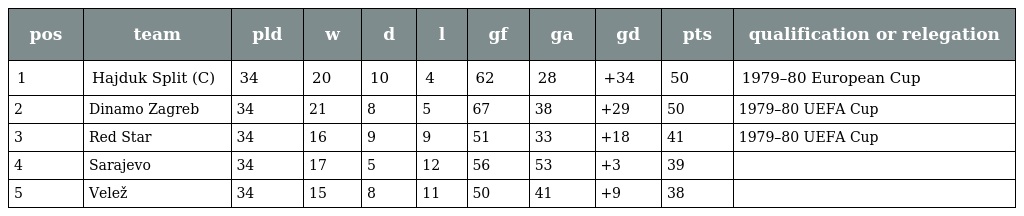
| pos | team | pld | w | d | l | gf | ga | gd | pts | qualification or relegation |
 | --- | --- | --- | --- | --- | --- | --- | --- | --- | --- | --- |
 | 1 | Hajduk Split (C) | 34 | 20 | 10 | 4 | 62 | 28 | +34 | 50 | 1979–80 European Cup |
 | 2 | Dinamo Zagreb | 34 | 21 | 8 | 5 | 67 | 38 | +29 | 50 | 1979–80 UEFA Cup |
 | 3 | Red Star | 34 | 16 | 9 | 9 | 51 | 33 | +18 | 41 | 1979–80 UEFA Cup |
 | 4 | Sarajevo | 34 | 17 | 5 | 12 | 56 | 53 | +3 | 39 |  |
 | 5 | Velež | 34 | 15 | 8 | 11 | 50 | 41 | +9 | 38 |  |